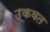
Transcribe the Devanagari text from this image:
उकवत